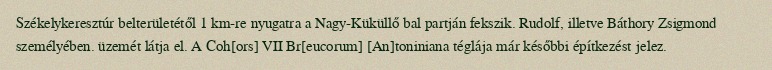
Székelykeresztúr belterületétől 1 km-re nyugatra a Nagy-Küküllő bal partján fekszik. Rudolf, illetve Báthory Zsigmond személyében. üzemét látja el. A Coh[ors] VII Br[eucorum] [An]toniniana téglája már későbbi építkezést jelez.